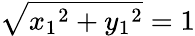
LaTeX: {\sqrt{{x_{1}}^{2}+{y_{1}}^{2}}}=1